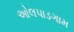
ઓલપાડગામ